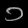
Digit: ၁